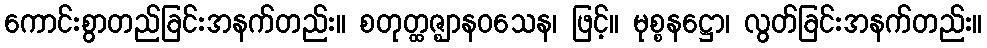
ကောင်းစွာတည်ခြင်းအနက်တည်း။ စတုတ္ထဇ္ဈာနဝသေန၊ ဖြင့်။ မုစ္စနဋ္ဌော၊ လွတ်ခြင်းအနက်တည်း။